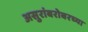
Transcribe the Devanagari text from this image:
असुरांबरोबरच्या